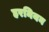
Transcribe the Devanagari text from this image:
हरनियन